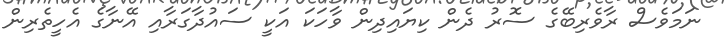
ނަމަވެސް ރާވެރިބޭގެ ސޮރު ދެން ކިޔައިދިން ވާހަކަ އަކީ ސައުދާގަރާއި އޭނާގެ އެހީތެރިން